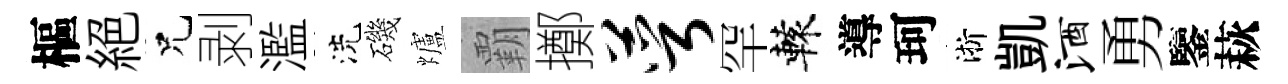
樞絶兄剥濫洗磯爐覇擲萼罕轅導珂淅凱酒勇鑒萩